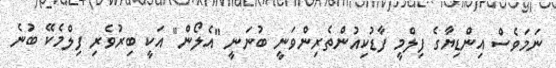
ނަމަވެސް އިންޑިޔާގެ ފިލްމީ ފާޑުކިއުންތެރިންވަނީ ބުނަނީ "އެލޯން" އަކީ ބިރުވެރި ފިލްމެކޭ ބުނެ